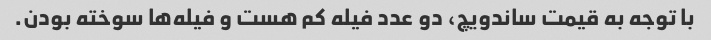
با توجه به قیمت ساندویچ، دو عدد فیله کم هست و فیله‌ها سوخته بودن.